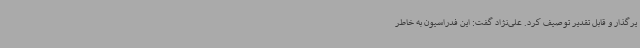
یرگذار و قابل تقدیر توصیف کرد. علی‌نژاد گفت: این فدراسیون به خاطر